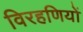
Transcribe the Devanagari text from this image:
विरहणियों